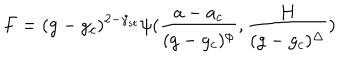
F = ( g - g _ { c } ) ^ { 2 - \gamma _ { s t } } \psi ( { \frac { a - a _ { c } } { ( g - g _ { c } ) ^ { \phi } } } , { \frac { H } { ( g - g _ { c } ) ^ { \Delta } } } )